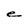
Character: e